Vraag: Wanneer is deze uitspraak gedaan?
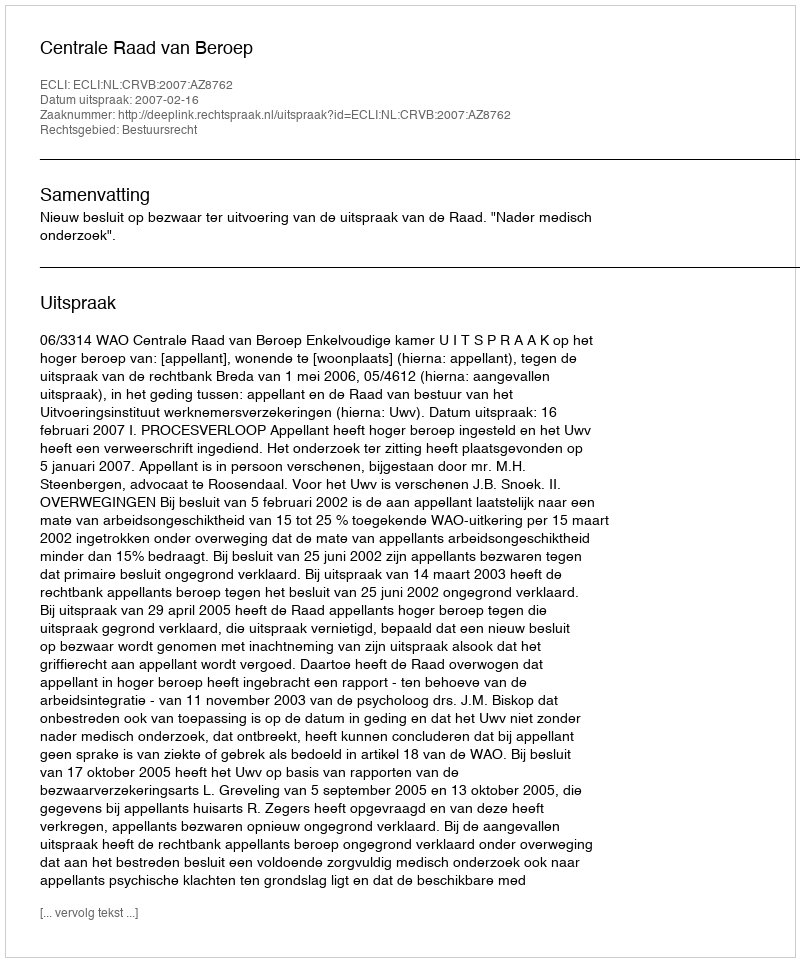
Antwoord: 2007-02-16